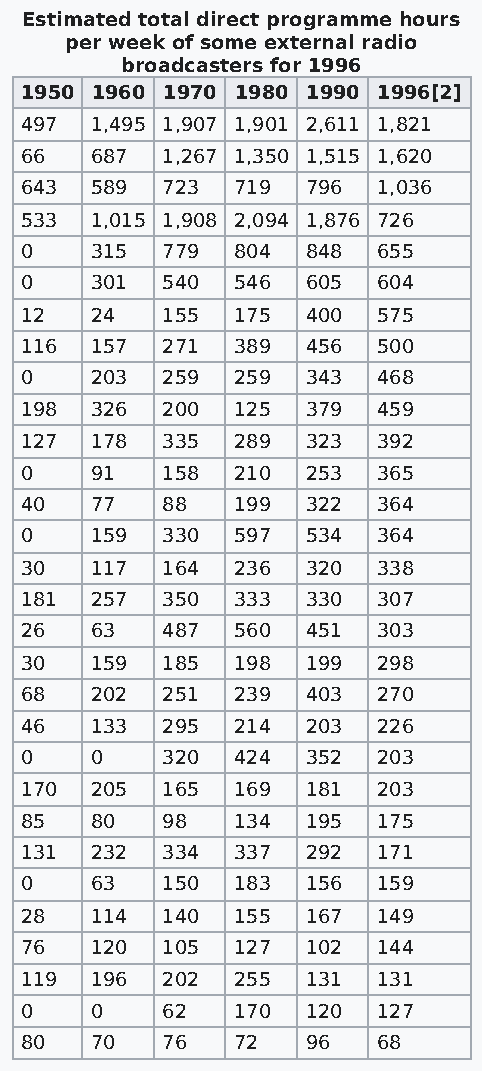
Estimated total direct programme hours
 per week of some external radio
 broadcasters for 1996
 1950 1960 1970 1980 1990 1996[2]
 497  1,495 1,907 1,901 2,611 1,821
 66   687  1,267 1,350 1,515 1,620
 643  589  723 719  796  1,036
 533  1,015 1,908 2,094 1,876 726
 0    315  779 804  848  655
 0    301  540 546  605  604
 12   24   155 175  400  575
 116  157  271 389  456  500
 0    203  259 259  343  468
 198  326  200 125  379  459
 127  178  335 289  323  392
 0    91   158 210  253  365
 40   77   88  199  322  364
 0    159  330 597  534  364
 30   117  164 236  320  338
 181  257  350 333  330  307
 26   63   487 560  451  303
 30   159  185 198  199  298
 68   202  251 239  403  270
 46   133  295 214  203  226
 0    0    320 424  352  203
 170  205  165 169  181  203
 85   80   98  134  195  175
 131  232  334 337  292  171
 0    63   150 183  156  159
 28   114  140 155  167  149
 76   120  105 127  102  144
 119  196  202 255  131  131
 0    0    62  170  120  127
 80   70   76  72   96   68